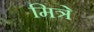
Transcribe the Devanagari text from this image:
मित्रे